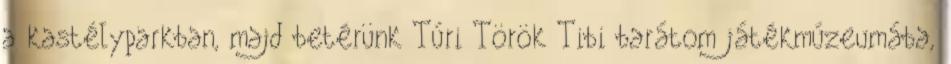
a kastélyparkban, majd betérünk Túri Török Tibi barátom játékmúzeumába,